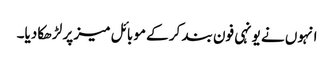
انہوں نے یونہی فون بند کر کے موبائل میز پر لڑھکا دیا۔